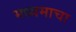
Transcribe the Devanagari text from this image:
मध्यमाचा